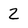
Character: 2